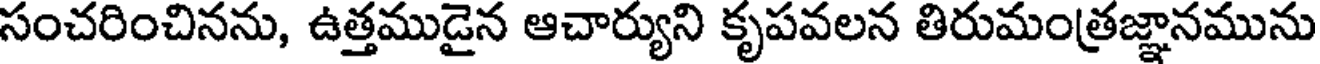
సంచరించినను, ఉత్తముడైన ఆచార్యుని కృపవలన తిరుమంత్రజ్ఞానమును